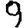
Digit: 9